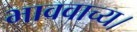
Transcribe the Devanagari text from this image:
भाववाच्य।